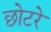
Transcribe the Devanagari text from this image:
छोटरे